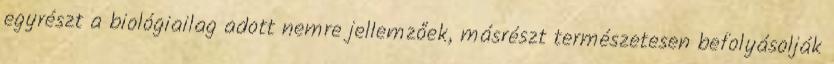
egyrészt a biológiailag adott nemre jellemzőek, másrészt természetesen befolyásolják